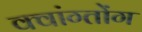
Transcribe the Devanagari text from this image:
क्वांग्तोंग